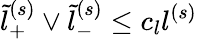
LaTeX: \tilde{l}_{+}^{(s)}\vee\tilde{l}_{-}^{(s)}\le c_{l}l^{(s)}